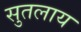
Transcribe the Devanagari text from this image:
सुतलाय